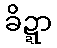
ခိဍ္ဍာ